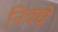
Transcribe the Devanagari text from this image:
निवधे